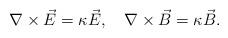
LaTeX: \begin{align*}\nabla\times\vec{E} =\kappa\vec{E} , \quad \nabla\times\vec{B} = \kappa\vec{B} .\end{align*}